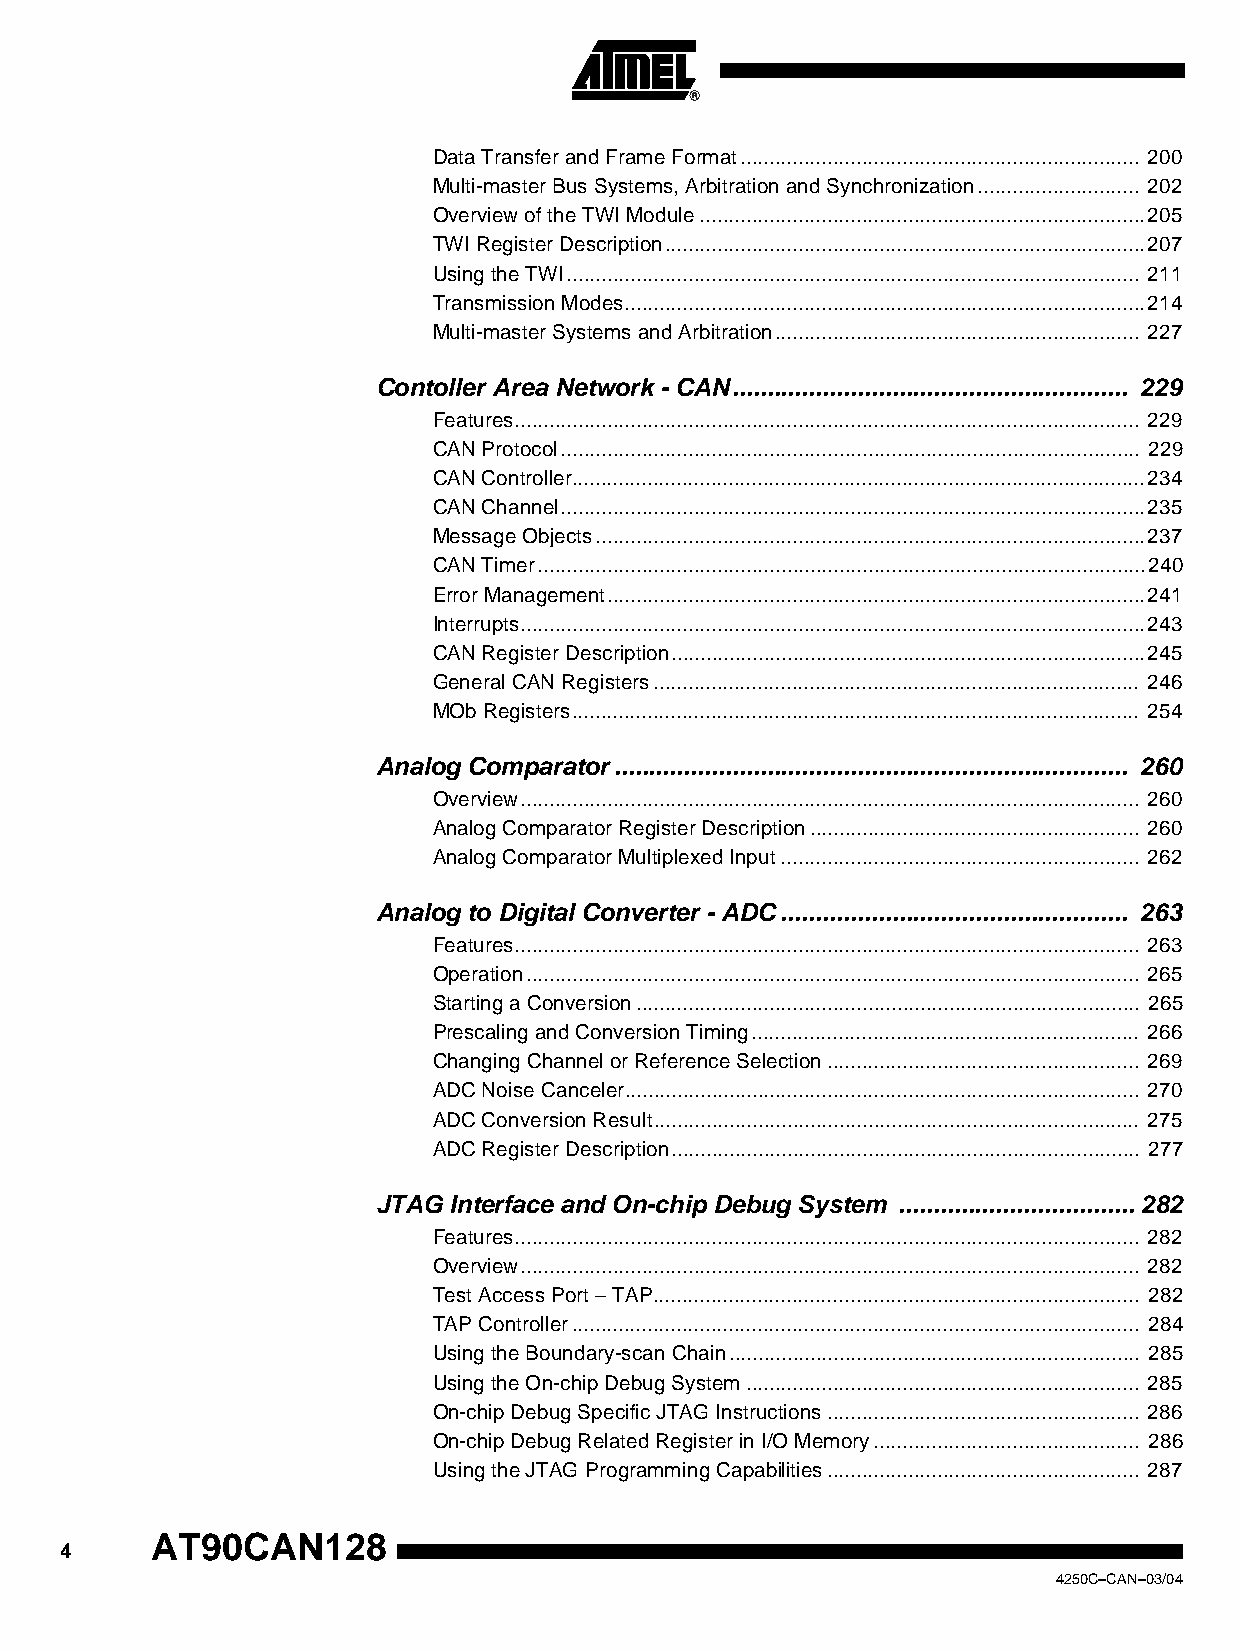
Data Transfer and Frame Format..................................................................... 200
 Multi-master Bus Systems, Arbitration and Synchronization............................ 202
 Overview of the TWI Module.............................................................................205
 TWI Register Description...................................................................................207
 Using the TWI................................................................................................... 211
 Transmission Modes..........................................................................................214
 Multi-master Systems and Arbitration............................................................... 227
 Contoller Area Network - CAN......................................................... 229
 Features............................................................................................................ 229
 CAN Protocol.................................................................................................... 229
 CAN Controller...................................................................................................234
 CAN Channel.....................................................................................................235
 Message Objects...............................................................................................237
 CAN Timer.........................................................................................................240
 Error Management.............................................................................................241
 Interrupts............................................................................................................243
 CAN Register Description..................................................................................245
 General CAN Registers.................................................................................... 246
 MOb Registers.................................................................................................. 254
 Analog Comparator.......................................................................... 260
 Overview........................................................................................................... 260
 Analog Comparator Register Description......................................................... 260
 Analog Comparator Multiplexed Input.............................................................. 262
 Analog to Digital Converter - ADC.................................................. 263
 Features............................................................................................................ 263
 Operation.......................................................................................................... 265
 Starting a Conversion....................................................................................... 265
 Prescaling and Conversion Timing................................................................... 266
 Changing Channel or Reference Selection...................................................... 269
 ADC Noise Canceler......................................................................................... 270
 ADC Conversion Result.................................................................................... 275
 ADC Register Description................................................................................. 277
 JTAG Interface and On-chip Debug System ..................................282
 Features............................................................................................................ 282
 Overview........................................................................................................... 282
 Test Access Port – TAP.................................................................................... 282
 TAP Controller.................................................................................................. 284
 Using the Boundary-scan Chain....................................................................... 285
 Using the On-chip Debug System.................................................................... 285
 On-chip Debug Specific JTAG Instructions...................................................... 286
 On-chip Debug Related Register in I/O Memory.............................................. 286
 Using the JTAG Programming Capabilities...................................................... 287
 AT90CAN128
 4
 4250C–CAN–03/04